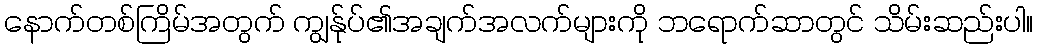
နောက်တစ်ကြိမ်အတွက် ကျွန်ုပ်၏အချက်အလက်များကို ဘရောက်ဆာတွင် သိမ်းဆည်းပါ။